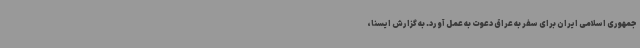
جمهوری اسلامی ایران برای سفر به عراق دعوت به عمل آورد. به گزارش ایسنا،